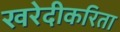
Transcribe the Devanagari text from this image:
खरेदीकरिता